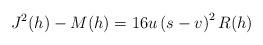
LaTeX: \begin{align*}J^{2}(h)-M(h)=16u\left( s-v\right) ^{2}R(h) \end{align*}